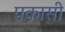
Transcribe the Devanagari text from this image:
पकासी